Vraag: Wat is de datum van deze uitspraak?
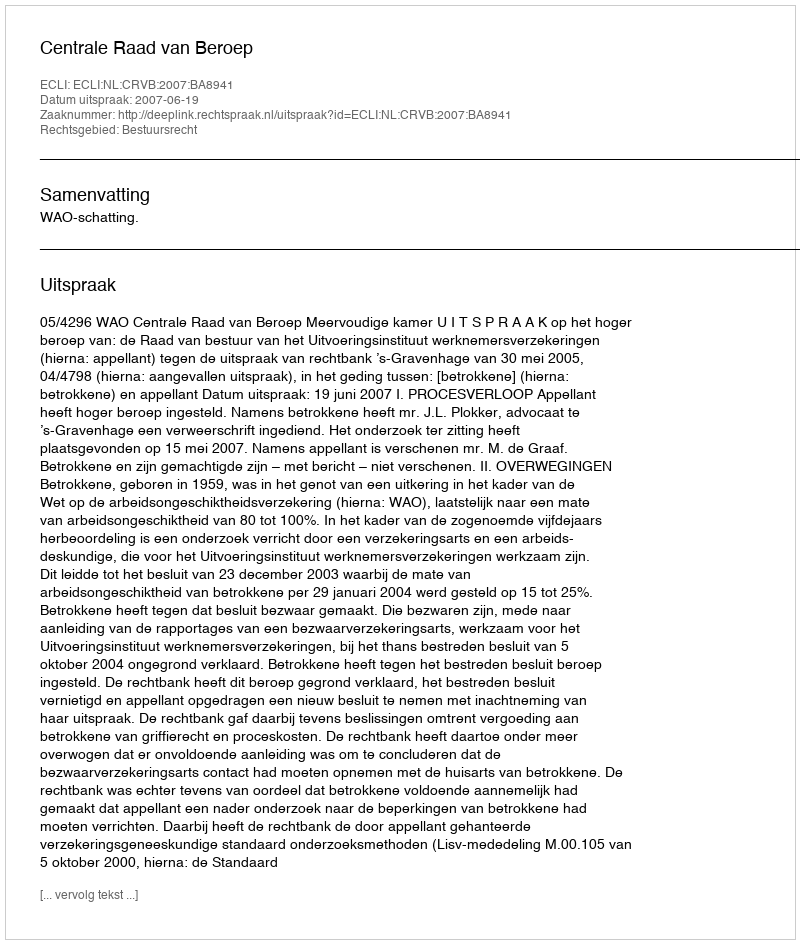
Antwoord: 2007-06-19